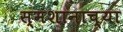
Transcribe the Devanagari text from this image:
स्मशानाच्या